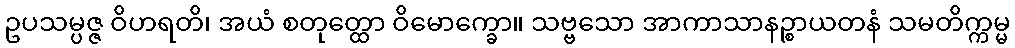
ဥပသမ္ပဇ္ဇ ဝိဟရတိ၊ အယံ စတုတ္ထော ဝိမောက္ခော။ သဗ္ဗသော အာကာသာနဉ္စာယတနံ သမတိက္ကမ္မ